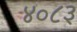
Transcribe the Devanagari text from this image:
४०८३